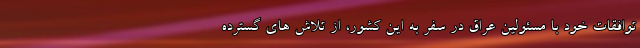
توافقات خود با مسئولین عراق در سفر به این کشور، از تلاش های گسترده